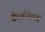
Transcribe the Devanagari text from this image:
दिच्लोरोएथ्य्लेने